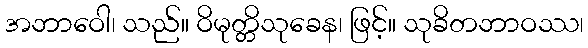
အဘာဝေါ၊ သည်။ ဝိမုတ္တိသုခေန၊ ဖြင့်။ သုခိတဘာဝဿ၊